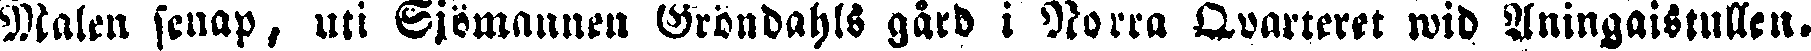
Malen senap, uti Sjömannen Gröndahls gård i Norra Qvarteret wid Aningaistullen.